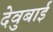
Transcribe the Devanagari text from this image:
देवुबाई